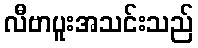
လီဗာပူးအသင်းသည်